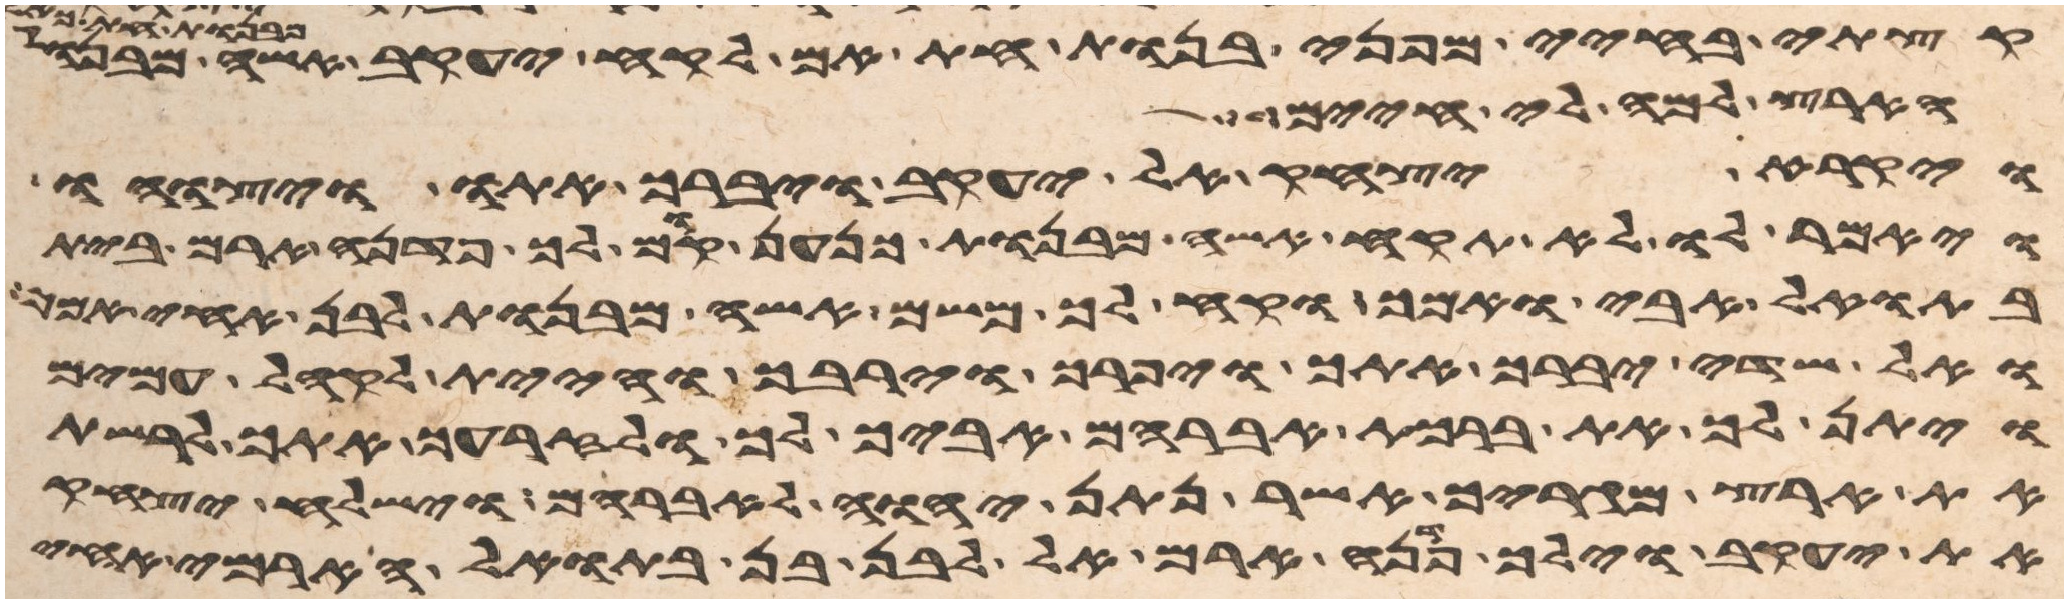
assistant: קצתי בחיי מפני בנות חת אם לקח יעקב אשה מבנות
הארץ למה לי חיים
ויקרא יצחק אל יעקב ויברך אתו ויצוהו
ויאמר לו לא תקח אשה מבנות כנען קום לך פדנה ארם בית
בתואל אבי אמך וקח לך משם אשה מבנות לבן אחי אמך
ואל שדי יברך אתך ויפרך וירבך והיית לקהל עמים
ויתן לך את ברכת אברהם אביך לך ולזרעך אתך לרשת
את ארץ מגריך אשר נתן יהוה לאברהם וישלח יצחק
את יעקב וילך פדנה ארם אל לבן בן בתואל הארמי אחי